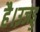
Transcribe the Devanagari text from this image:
है।उजड्ड